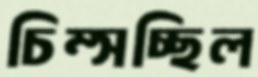
চিম্‌সচ্ছিল